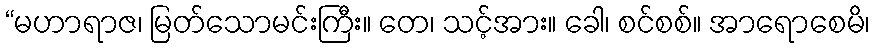
“မဟာရာဇ၊ မြတ်သောမင်းကြီး။ တေ၊ သင့်အား။ ခေါ၊ စင်စစ်။ အာရောစေမိ၊